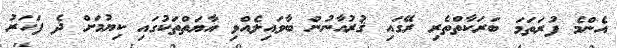
އެންމެ ފުރަތަމަ ބަރަކާތްތެރި ރޭގައި ޤުރުއާނުން ބާވައިލެއްވި އާޔަތްތަކުގައި ކިޔުމަށް ދެ ފަހަރު